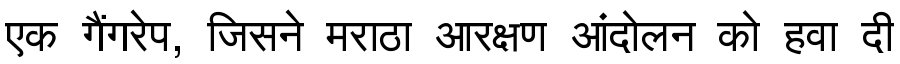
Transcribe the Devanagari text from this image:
एक गैंगरेप, जिसने मराठा आरक्षण आंदोलन को हवा दी